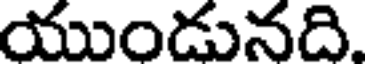
యుండునది.